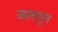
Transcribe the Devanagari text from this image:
जलातून